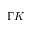
\Gamma K